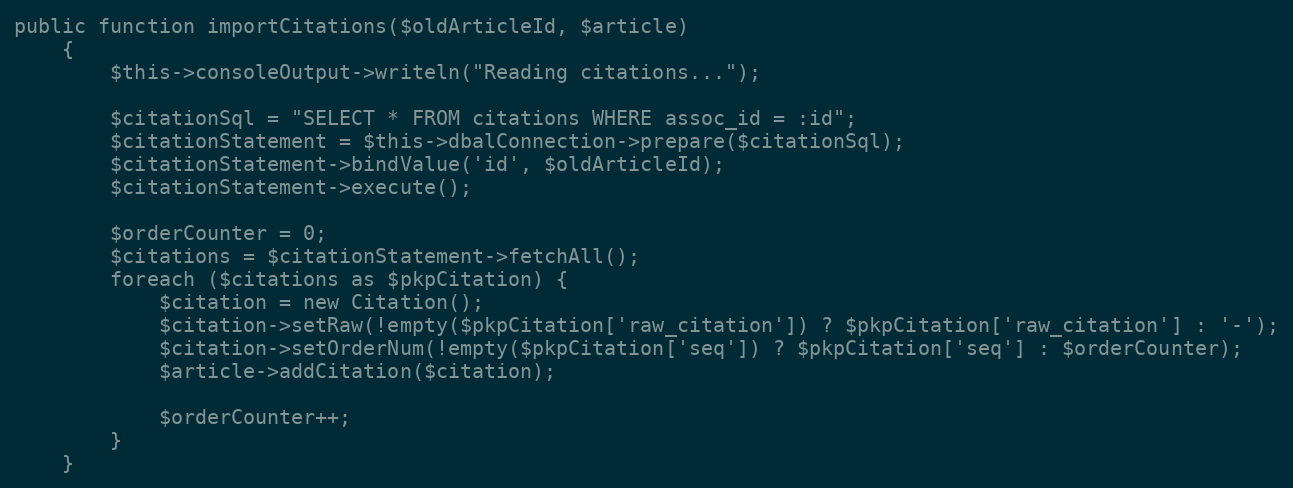
Language: PHP
public function importCitations($oldArticleId, $article)
    {
        $this->consoleOutput->writeln("Reading citations...");

        $citationSql = "SELECT * FROM citations WHERE assoc_id = :id";
        $citationStatement = $this->dbalConnection->prepare($citationSql);
        $citationStatement->bindValue('id', $oldArticleId);
        $citationStatement->execute();

        $orderCounter = 0;
        $citations = $citationStatement->fetchAll();
        foreach ($citations as $pkpCitation) {
            $citation = new Citation();
            $citation->setRaw(!empty($pkpCitation['raw_citation']) ? $pkpCitation['raw_citation'] : '-');
            $citation->setOrderNum(!empty($pkpCitation['seq']) ? $pkpCitation['seq'] : $orderCounter);
            $article->addCitation($citation);

            $orderCounter++;
        }
    }